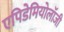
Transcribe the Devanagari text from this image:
एपिडेमियोलॉजी